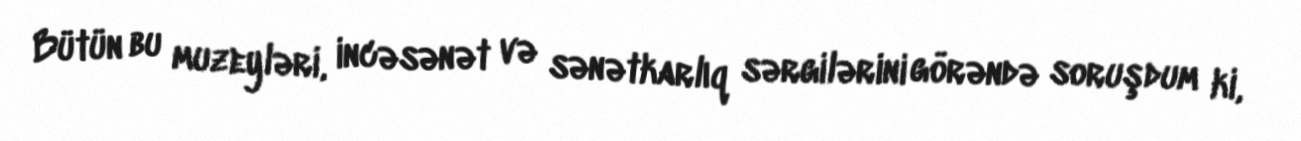
Bütün bu muzeyləri, incəsənət və sənətkarlıq sərgilərini görəndə soruşdum ki,